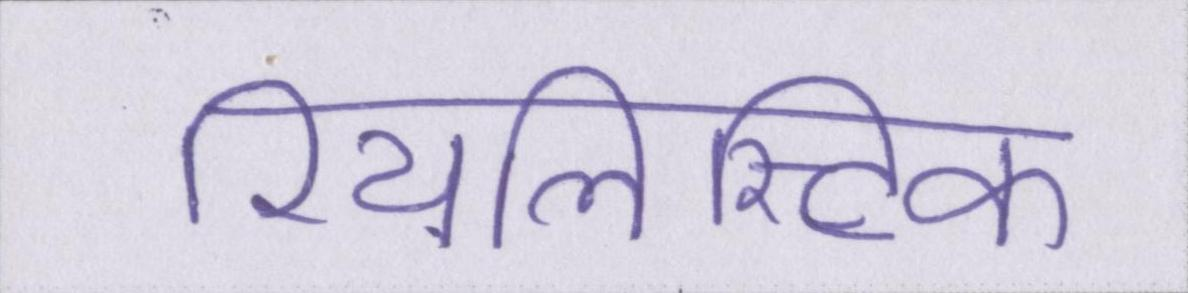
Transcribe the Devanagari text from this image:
रियलिस्टिक